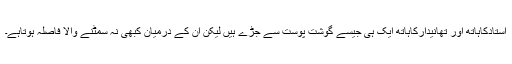
استادکاہاتھ اور تھانیدارکاہاتھ ایک ہی جیسے گوشت پوست سے جڑے ہیں لیکن ان کے درمیان کبھی نہ سمٹنے والا فاصلہ ہوتاہے۔